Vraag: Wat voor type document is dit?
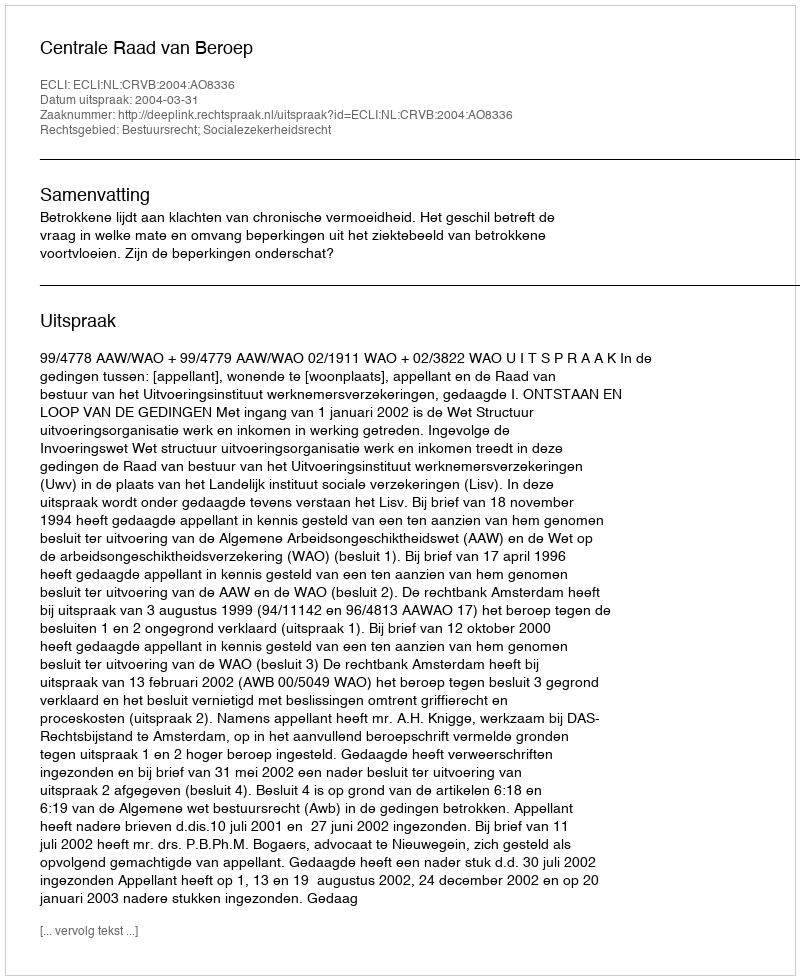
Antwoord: Uitspraak